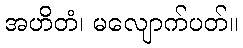
အဟိတံ၊ မလျောက်ပတ်။